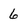
Character: 6